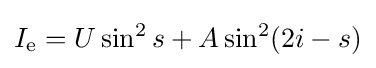
I_{\text{e}}=U\sin ^{2}s+A\sin ^{2}(2i-s)